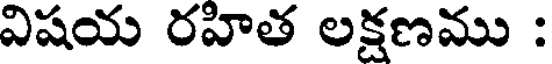
విషయ రహిత లక్షణము :